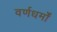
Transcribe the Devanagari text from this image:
वर्णधर्मों